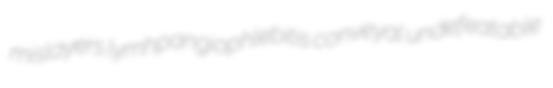
mislayers lymhpangiophlebitis conveyal undefeatable